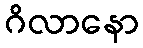
ဂိလာနော